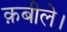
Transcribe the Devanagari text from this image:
क़बीले।